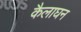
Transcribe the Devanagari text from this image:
कैलाघन